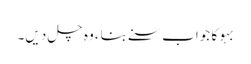
بہو کا جواب سنے بناء وہ چل دیں۔